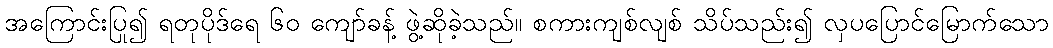
အကြောင်းပြု၍ ရတုပိုဒ်ရေ ၆၀ ကျော်ခန့် ဖွဲ့ဆိုခဲ့သည်။ စကားကျစ်လျစ် သိပ်သည်း၍ လှပပြောင်မြောက်သော